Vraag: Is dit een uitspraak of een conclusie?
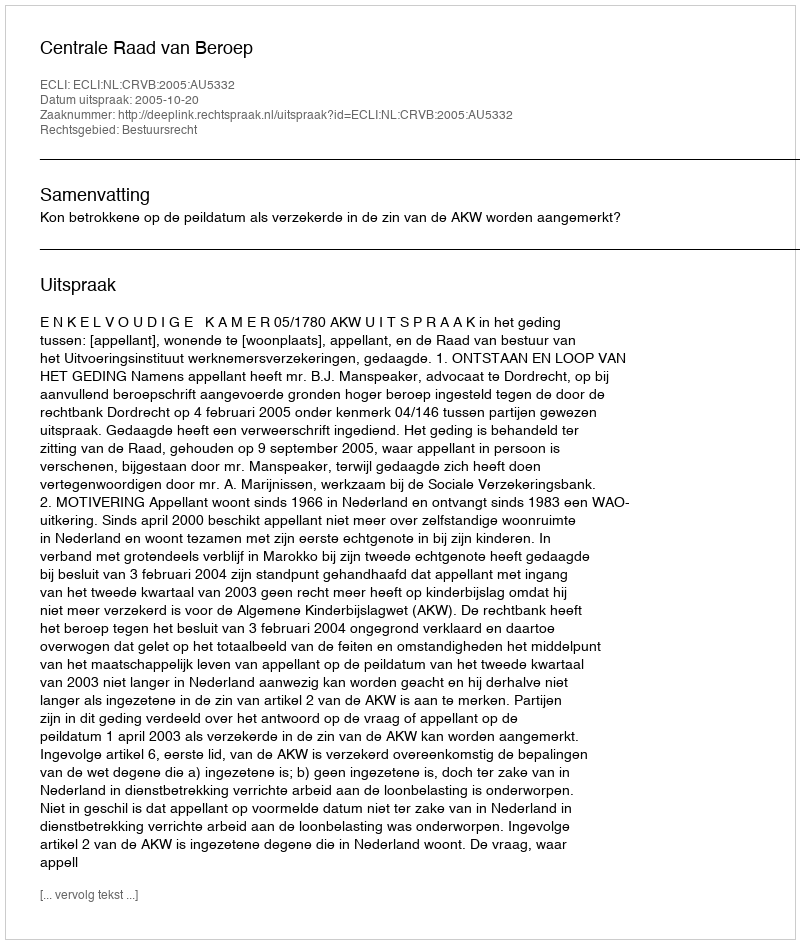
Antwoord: Uitspraak